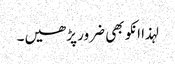
لہذا انکو بھی ضرور پڑھیں۔